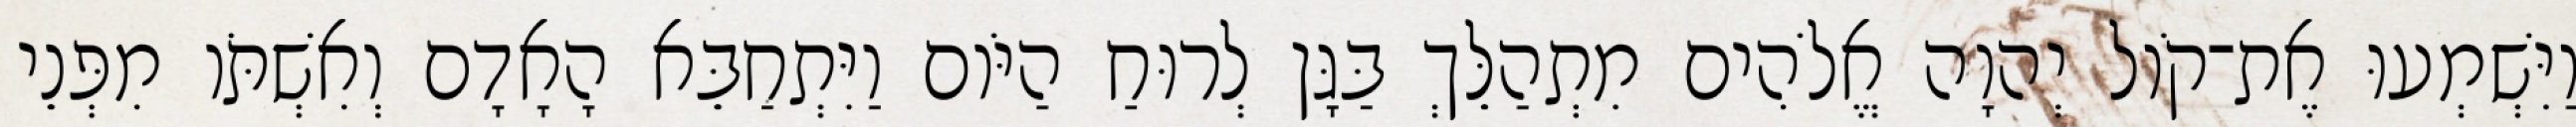
וַיִּשְׁמְעוּ אֶת־קֹול יְהוָה אֱלֹהִים מִתְהַלֵּךְ בַּגָּן לְרוּחַ הַיֹּום וַיִּתְחַבֵּא הָאָדָם וְאִשְׁתֹּו מִפְּנֵי